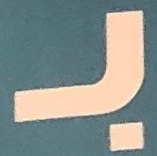
بـ